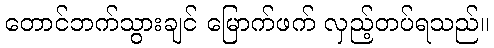
တောင်ဘက်သွားချင် မြောက်ဖက် လှည့်တပ်ရသည်။